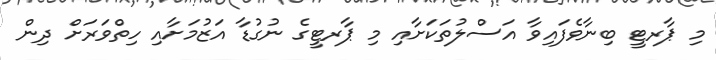
މި ޕާރޓީ ބިނާވެފައިވާ އަސްލުތަކަށާއި މި ޕާރޓީގެ ނުގުޑާ އަޒުމަށާއި ހިތްވަރަށް ދިން